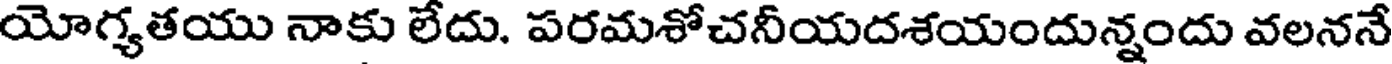
యోగ్యతయు నాకు లేదు. పరమశోచనీయదశయందున్నందు వలననే